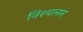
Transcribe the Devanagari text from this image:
निश्‍चलन